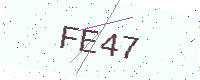
Text: FE47